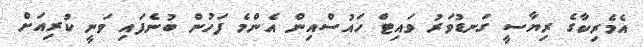
އެމެރިކާގެ ރިޔާސީ ގަނޑުވަރު ވައިޓް ހައުސްއިން އެންމެ ފަހުން ބުނެފައި ވަނީ ކުރިއަށް